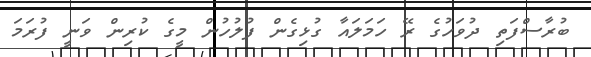
ބުރާސްފަތި ދުވަހުގެ ރޭ ހަމަލައާ ގުޅިގެން ފުލުހުން މީގެ ކުރިން ވަނީ ފުރަމަ